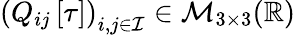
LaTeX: \left(Q_{ij}\left[\tau\right]\right)_{i,j\in\mathcal{I}}\in\mathcal{M}_{3\times 3}(\mathbb{R})